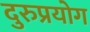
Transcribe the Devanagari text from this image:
दुरुप्रयोग